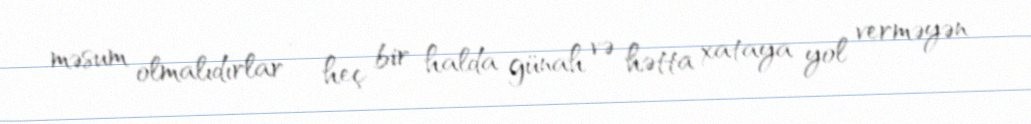
məsum olmalıdırlar - heç bir halda günah və hətta xataya yol verməyən